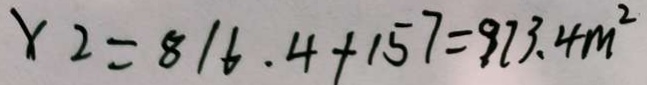
x _ { 2 } = 8 1 6 . 4 + 1 5 7 = 9 7 3 . 4 m ^ { 2 }